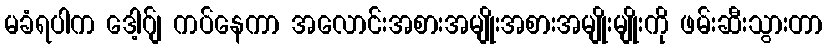
မခံရပါက ဒေါ့ဂ်ျ ကပ်နေကာ အလောင်းအစားအမျိုးအစားအမျိုးမျိုးကို ဖမ်းဆီးသွားတာ